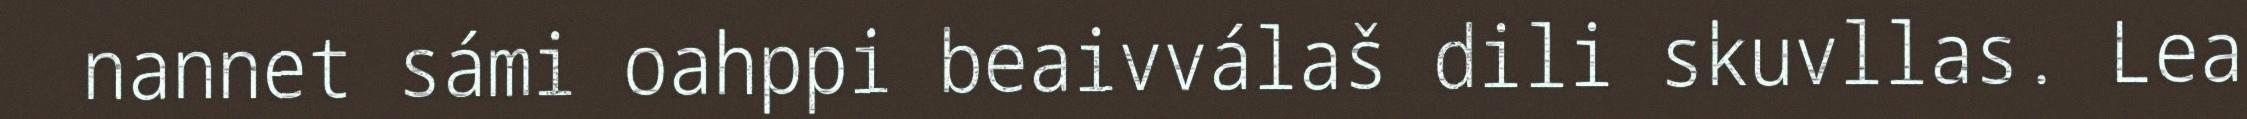
nannet sámi oahppi beaivválaš dili skuvllas. Lea